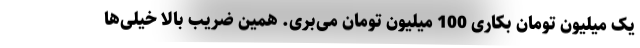
یک میلیون تومان بکاری 100 میلیون تومان می‌بری. همین ضریب بالا خیلی‌ها